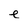
Character: e